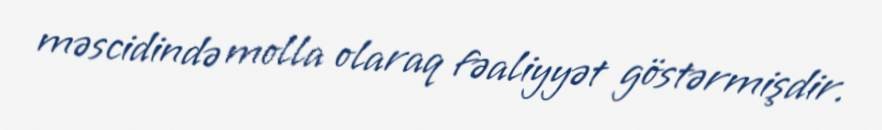
məscidində molla olaraq fəaliyyət göstərmişdir.